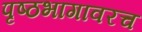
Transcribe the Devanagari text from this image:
पृष्ठभागावरच